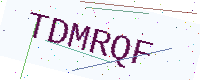
Text: TDMRQF